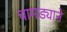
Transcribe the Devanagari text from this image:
चामड्याने